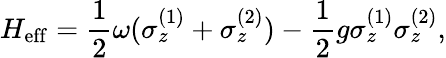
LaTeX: H_{\mathrm{eff}}=\frac{1}{2}\omega(\sigma_{z}^{(1)}+\sigma_{z}^{(2)})-\frac{1}{2}g\sigma_{z}^{(1)}\sigma_{z}^{(2)},